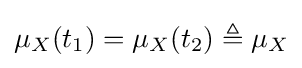
\mu _{X}(t_{1})=\mu _{X}(t_{2})\triangleq \mu _{X}